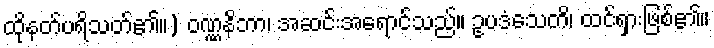
ထိုနတ်ပရိသတ်၏။) ဝဏ္ဏနိဘာ၊ အဆင်းအရောင်သည်။ ဥပဒံသေတိ၊ ထင်ရှားဖြစ်၏။